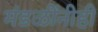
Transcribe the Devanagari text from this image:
मंडळींनीही